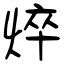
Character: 焠